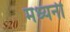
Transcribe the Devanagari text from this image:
मध्यनी